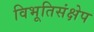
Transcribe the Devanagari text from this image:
विभूतिसंक्षेप